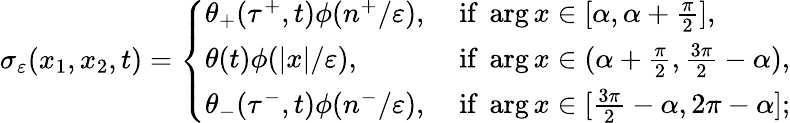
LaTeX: \sigma_{\varepsilon}(x_{1},x_{2},t)=\left\{ \begin{array}{ll}{\theta_{+}(\tau^{+},t)\phi(n^{+}/\varepsilon),}&{\mathrm{~if~}\arg x\in[\alpha,\alpha+\frac{\pi}{2}],}\\ {\theta(t)\phi(|x|/\varepsilon),}&{\mathrm{~if~}\arg x\in(\alpha+\frac{\pi}{2},\frac{3\pi}{2}-\alpha),}\\ {\theta_{-}(\tau^{-},t)\phi(n^{-}/\varepsilon),}&{\mathrm{~if~}\arg x\in[\frac{3\pi}{2}-\alpha,2\pi-\alpha];}\end{array}\right.